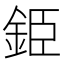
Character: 𨦍